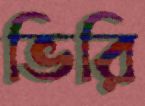
ভিরি